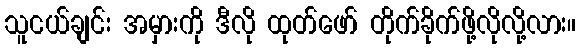
သူငယ်ချင်း အမှားကို ဒီလို ထုတ်ဖော် တိုက်ခိုက်ဖို့လိုလို့လား။